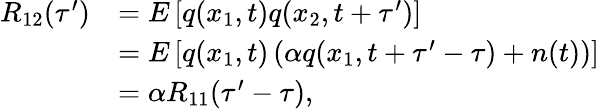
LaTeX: \begin{array}{rl}{R_{12}(\tau^{\prime})}&{=E\left[q(x_{1},t)q(x_{2},t+\tau^{\prime})\right]}\\ &{=E\left[q(x_{1},t)\left(\alpha q(x_{1},t+\tau^{\prime}-\tau)+n(t)\right)\right]}\\ &{=\alpha R_{11}(\tau^{\prime}-\tau),}\end{array}